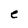
Character: e